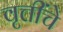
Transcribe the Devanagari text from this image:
वृत्तींचे